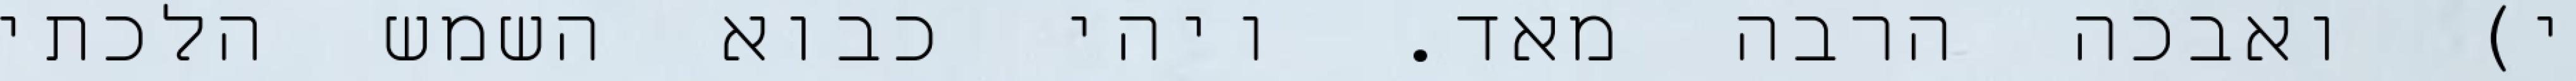
י) ואבכה הרבה מאד. ויהי כבוא השמש הלכתי